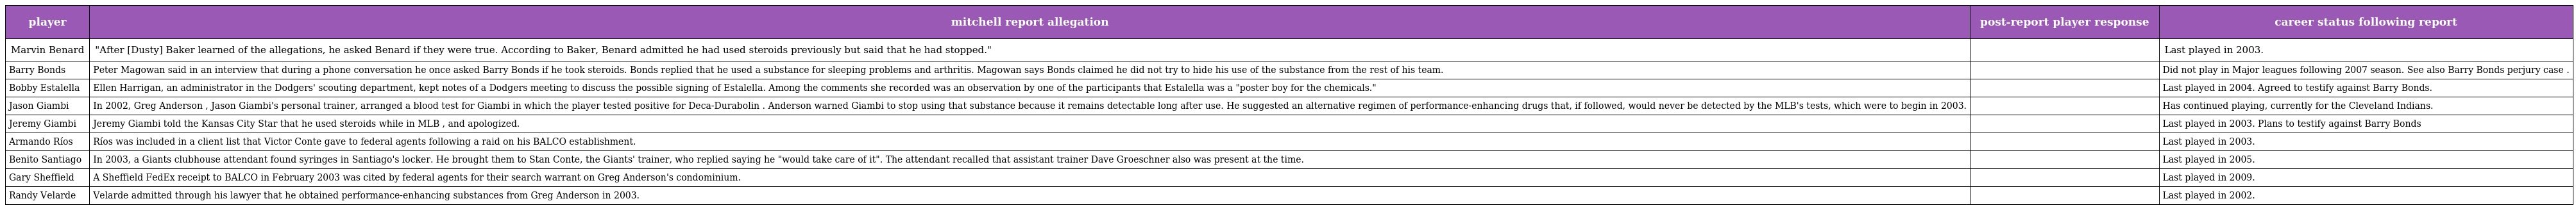
| player | mitchell report allegation | post-report player response | career status following report |
 | --- | --- | --- | --- |
 | Marvin Benard | "After [Dusty] Baker learned of the allegations, he asked Benard if they were true. According to Baker, Benard admitted he had used steroids previously but said that he had stopped." |  | Last played in 2003. |
 | Barry Bonds | Peter Magowan said in an interview that during a phone conversation he once asked Barry Bonds if he took steroids. Bonds replied that he used a substance for sleeping problems and arthritis. Magowan says Bonds claimed he did not try to hide his use of the substance from the rest of his team. |  | Did not play in Major leagues following 2007 season. See also Barry Bonds perjury case . |
 | Bobby Estalella | Ellen Harrigan, an administrator in the Dodgers' scouting department, kept notes of a Dodgers meeting to discuss the possible signing of Estalella. Among the comments she recorded was an observation by one of the participants that Estalella was a "poster boy for the chemicals." |  | Last played in 2004. Agreed to testify against Barry Bonds. |
 | Jason Giambi | In 2002, Greg Anderson , Jason Giambi's personal trainer, arranged a blood test for Giambi in which the player tested positive for Deca-Durabolin . Anderson warned Giambi to stop using that substance because it remains detectable long after use. He suggested an alternative regimen of performance-enhancing drugs that, if followed, would never be detected by the MLB's tests, which were to begin in 2003. |  | Has continued playing, currently for the Cleveland Indians. |
 | Jeremy Giambi | Jeremy Giambi told the Kansas City Star that he used steroids while in MLB , and apologized. |  | Last played in 2003. Plans to testify against Barry Bonds |
 | Armando Ríos | Ríos was included in a client list that Victor Conte gave to federal agents following a raid on his BALCO establishment. |  | Last played in 2003. |
 | Benito Santiago | In 2003, a Giants clubhouse attendant found syringes in Santiago's locker. He brought them to Stan Conte, the Giants' trainer, who replied saying he "would take care of it". The attendant recalled that assistant trainer Dave Groeschner also was present at the time. |  | Last played in 2005. |
 | Gary Sheffield | A Sheffield FedEx receipt to BALCO in February 2003 was cited by federal agents for their search warrant on Greg Anderson's condominium. |  | Last played in 2009. |
 | Randy Velarde | Velarde admitted through his lawyer that he obtained performance-enhancing substances from Greg Anderson in 2003. |  | Last played in 2002. |